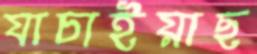
যাচাইয়াছ